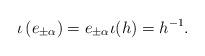
LaTeX: \begin{align*}\iota\left(e_{\pm \alpha}\right)=e_{\pm \alpha} \iota(h)=h^{-1} .\end{align*}